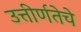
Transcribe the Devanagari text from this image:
उत्तीर्णतेचे